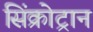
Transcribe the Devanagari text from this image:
सिंक्रोट्रान